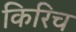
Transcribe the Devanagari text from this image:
किरिच